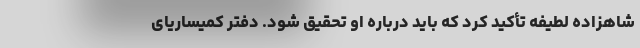
شاهزاده لطیفه تأکید کرد که باید درباره او تحقیق شود. دفتر کمیساریای